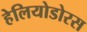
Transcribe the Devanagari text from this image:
हेलियोडोरस